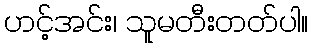
ဟင့်အင်း၊ သူမတီးတတ်ပါ။